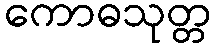
ကောဓသုတ္တ